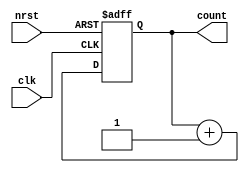
`timescale 1ns / 1ps
//////////////////////////////////////////////////////////////////////////////////
// Company: 
// Engineer: 
// 
// Design Name: 
// Module Name:    updown 
// Project Name: 
// Target Devices: 
// Tool versions: 
// Description: 
//
// Dependencies: 
//
// Revision: 
// Revision 0.01 - File Created
// Additional Comments: 
//
//////////////////////////////////////////////////////////////////////////////////
module updown(
    input clk,
    input nrst,
    output reg [3:0] count
    );

	always@(posedge clk or negedge nrst) begin
		if (!nrst) begin
			count <= 0;
		end
		else begin
			count <= count + 1;
			/*case(count)
				4'b0: count <= 4'b1;
				4'b1: count <= 4'b11;
				4'b11: count <= 4'b10;
				4'b10: count <= 4'b110;
				4'b110: count <= 4'b111;
				4'b111: count <= 4'b101;
				4'b101: count <= 4'b100;
				4'b100: count <= 4'b1100;
				4'b1100: count <= 4'b1101;
				4'b1101: count <= 4'b1111;
				4'b1111: count <= 4'b1110;
				4'b1110: count <= 4'b1010;
				4'b1010: count <= 4'b1011;
				4'b1011: count <= 4'b1001;
				4'b1001: count <= 4'b1000;
				default: count<= 4'b0;
			endcase*/
		end
	end

endmodule